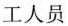
工人员